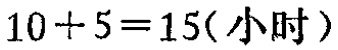
\(10 + 5 = 15(\text{小时})\)